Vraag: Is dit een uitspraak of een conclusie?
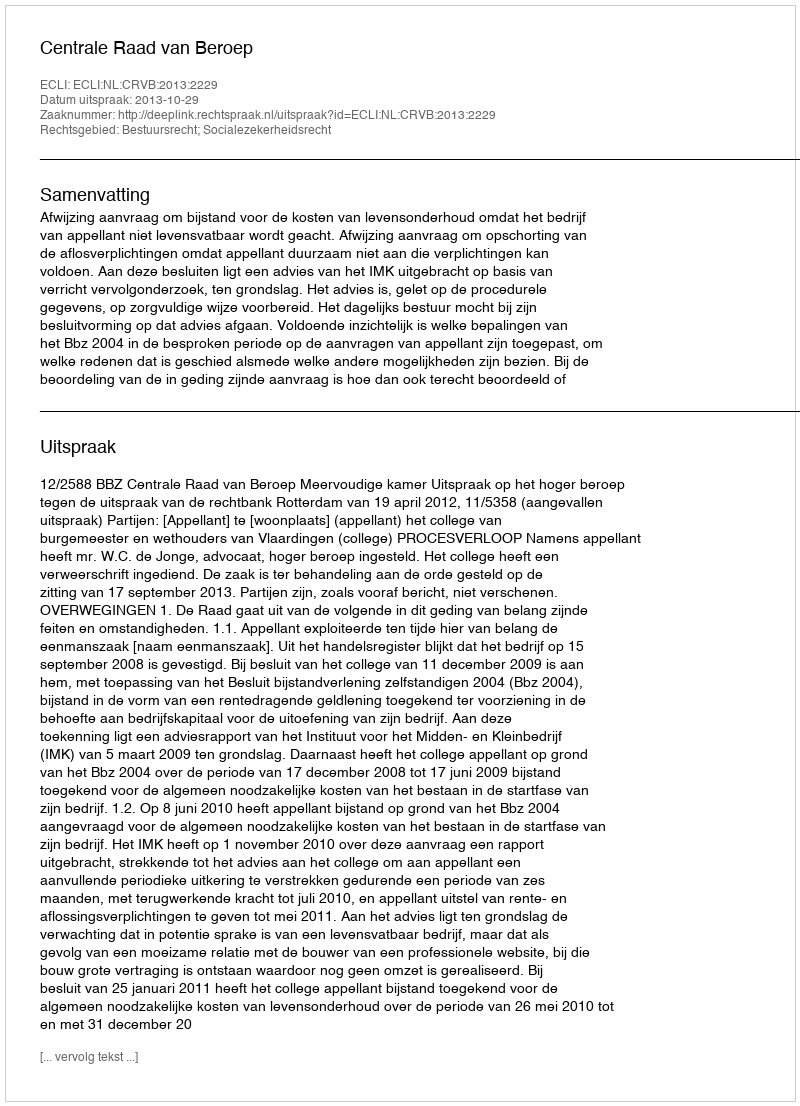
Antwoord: Uitspraak